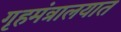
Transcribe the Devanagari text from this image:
गृहमंत्रालयात